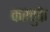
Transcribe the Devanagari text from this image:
करचुके